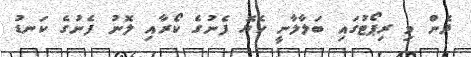
ދެން މި ރިޕޯޓުގައި ބަލާލާނީ ހެޔޮ ފެނުގެ ކޯރާއި ލޮނު ފެނުގެ ކަނޑު